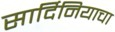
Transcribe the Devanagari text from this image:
सार्दिनियाचा